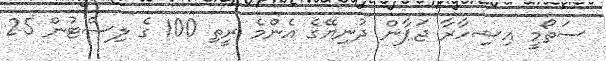
ސަތޯމީ އިޝިހާރާ ޖަޕާން ދުނިޔޭގެ އެންމެ ރީތި 100 ގެ ލިސްޓުން 25